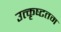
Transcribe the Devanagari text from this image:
उत्‍कृष्‍टतम